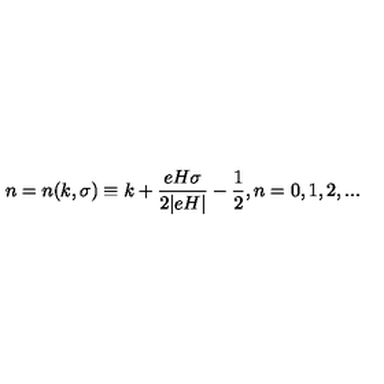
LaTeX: n = n ( k , \sigma ) \equiv k + \frac { e H \sigma } { 2 | e H | } - \frac { 1 } { 2 } , n = 0 , 1 , 2 , . . .